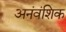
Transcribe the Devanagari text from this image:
अनंवंशिक